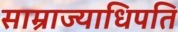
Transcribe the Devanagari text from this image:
साम्राज्याधिपति